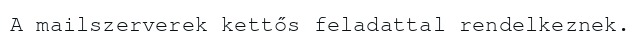
A mailszerverek kettős feladattal rendelkeznek.